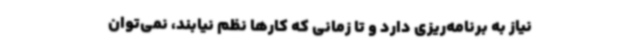
نیاز به برنامه‌ریزی دارد و تا زمانی که کارها نظم نیابند، نمی‌توان